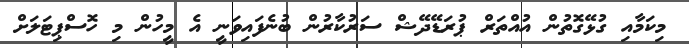
މިކަމާއި ގުޅޭގޮތުން އުއްތަރް ޕުރަޑޭދޭޝް ސަރުކާރުން ބުނެފައިވަނީ އެ މީހުން މި ހޮސްޕިޓަލަށް